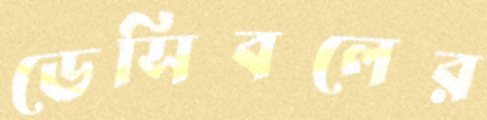
ডেসিবলের